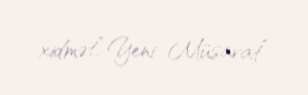
xidmət,“Yeni Müsavat”.